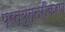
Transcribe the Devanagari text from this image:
प्रत्युत्तरीकरण